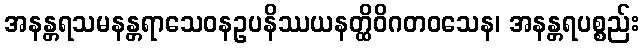
အနန္တရသမနန္တရာသေဝနဥပနိဿယနတ္ထိဝိဂတဝသေန၊ အနန္တရပစ္စည်း